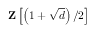
\mathbf { Z } \left[ \left( 1 + { \sqrt { d } } \right) / 2 \right]